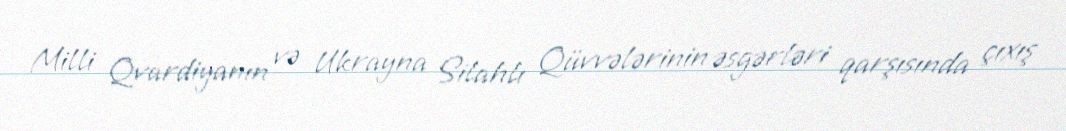
Milli Qvardiyanın və Ukrayna Silahlı Qüvvələrinin əsgərləri qarşısında çıxış